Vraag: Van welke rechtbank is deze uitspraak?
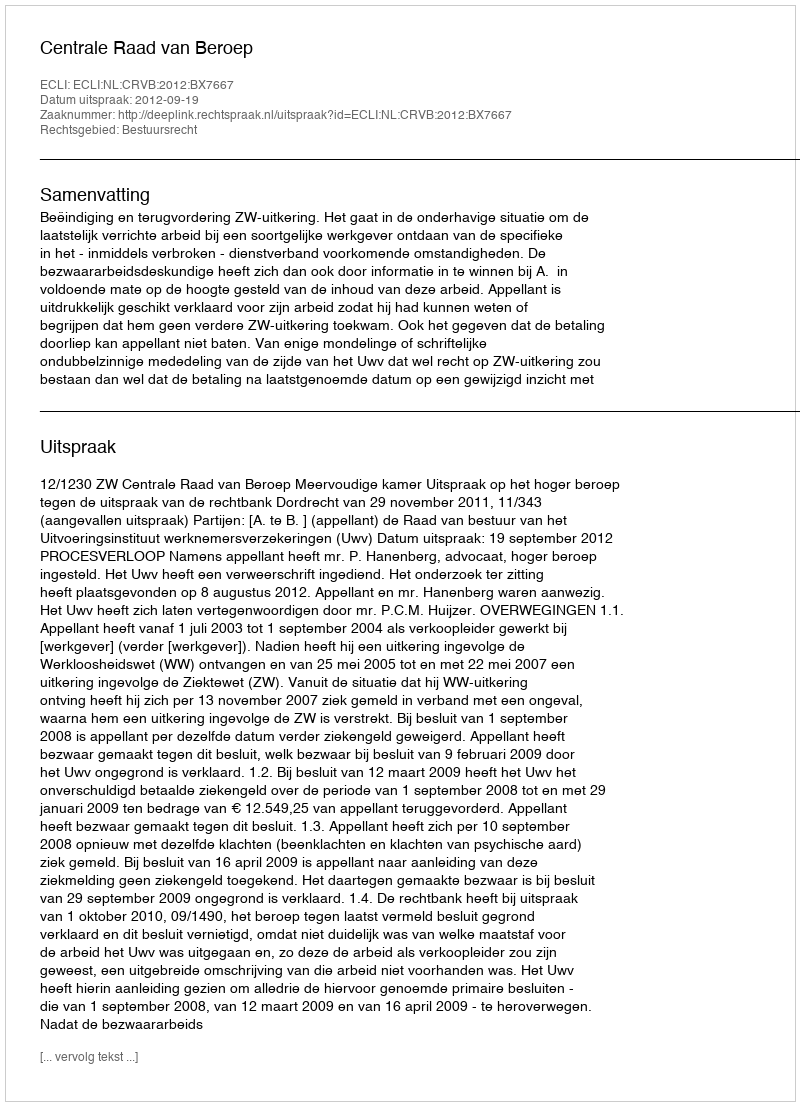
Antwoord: Centrale Raad van Beroep